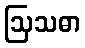
ဩသဓာ